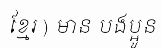
ខ្មែរ ) មាន បងប្អូន